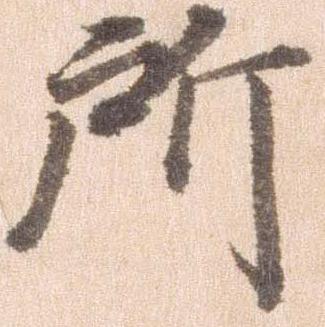
所